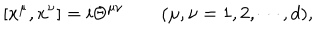
LaTeX: [ x ^ { \mu } , x ^ { \nu } ] = i \Theta ^ { \mu \nu } \qquad ( \mu , \nu = 1 , 2 , \cdots , d ) ,